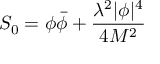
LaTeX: S _ { 0 } = \phi \bar { \phi } + \frac { \lambda ^ { 2 } | \phi | ^ { 4 } } { 4 M ^ { 2 } }